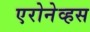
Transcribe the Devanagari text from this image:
एरोनेव्हस